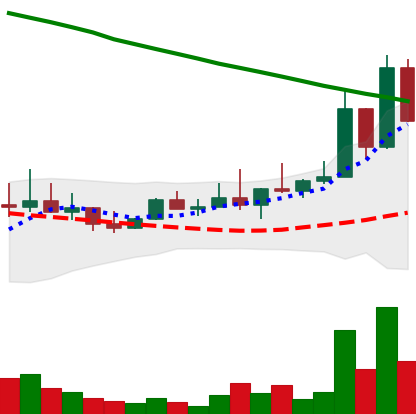
Ticker: DOGE-USD
Chart end date: 2022-08-17
Forward return: -14.675%
Label: down_7plus